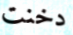
دخنت